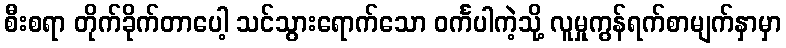
စီးစရာ တိုက်ခိုက်တာပေါ့ သင်သွားရောက်သော ဝင်္ကပါကဲ့သို့ လူမှုကွန်ရက်စာမျက်နှာမှာ